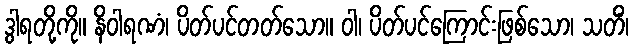
ဒွါရတို့ကို။ နိဝါရဏံ၊ ပိတ်ပင်တတ်သော။ ဝါ၊ ပိတ်ပင်ကြောင်းဖြစ်သော၊ သတိံ၊